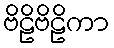
ဗိဠိဗိဠိကာ